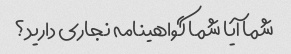
شما آیا شما گواهینامه نجاری دارید؟